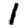
Digit: 1